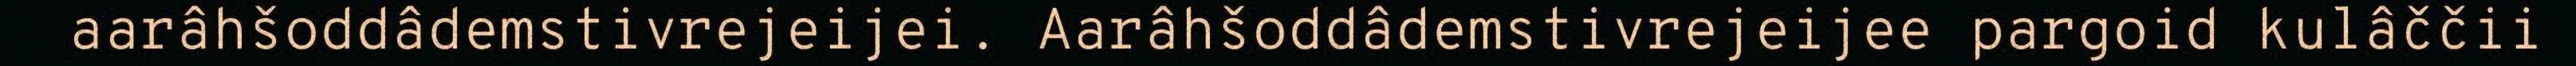
aarâhšoddâdemstivrejeijei. Aarâhšoddâdemstivrejeijee pargoid kulâččii